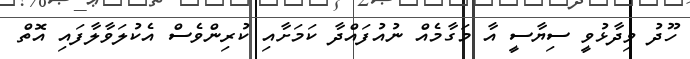
ހޫދު ވިދާޅުވީ ސިޔާސީ އާ މަގާމެއް ނުއުފައްދާ ކަމަށާއި ކުރިންވެސް އެކުލަވާލާފައި އޮތް